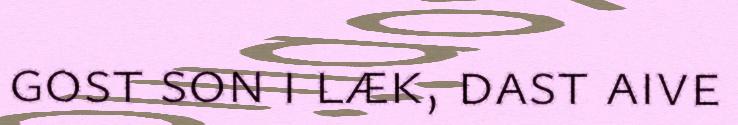
gost son i læk, dast aive